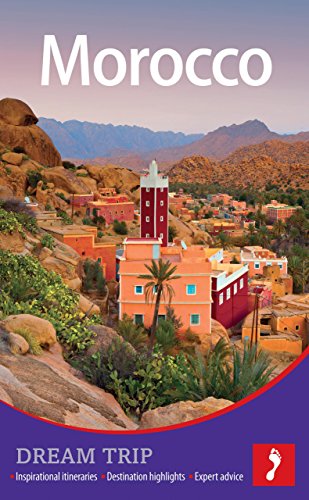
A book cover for Morocco Footprint Dream Trip; Julius Honnor; Travel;